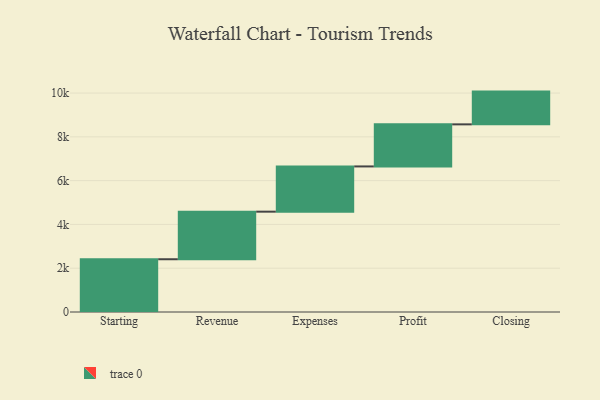
{"axis": {"x": "Step", "y": "Value"}, "legend": [""], "data": [{"x": "Starting", "y": 2410.0, "type": ""}, {"x": "Revenue", "y": 2173.0, "type": ""}, {"x": "Expenses", "y": 2066.0, "type": ""}, {"x": "Profit", "y": 1922.0, "type": ""}, {"x": "Closing", "y": 1496.0, "type": ""}]}